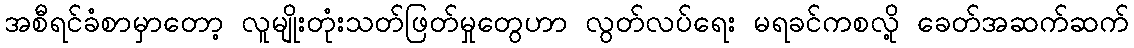
အစီရင်ခံစာမှာတော့ လူမျိုးတုံးသတ်ဖြတ်မှုတွေဟာ လွတ်လပ်ရေး မရခင်ကစလို့ ခေတ်အဆက်ဆက်